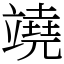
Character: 𥪯